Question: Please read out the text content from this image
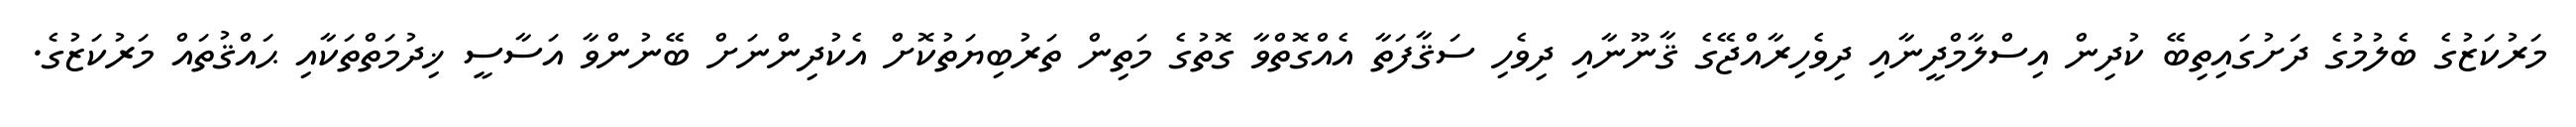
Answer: މަރުކަޒުގެ ބެލުމުގެ ދަށުގައިތިބޭ ކުދިން އިސްލާމްދީނާއި ދިވެހިރާއްޖޭގެ ޤާނޫނާއި ދިވެހި ސަޤާފަތާ އެއްގޮތްވާ ގޮތުގެ މަތިން ތަރުބިޔަތުކޮށް އެކުދިންނަށް ބޭނުންވާ އަސާސީ ޚިދުމަތްތަކާއި ޙައްޤުތައް މަރުކަޒުގެ.